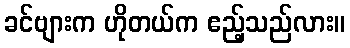
ခင်ဗျားက ဟိုတယ်က ဧည့်သည်လား။